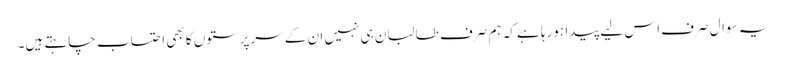
یہ سوال صرف اس لیے پیدا ہورہا ہے کہ ہم صرف طالبان ہی نہیں ان کے سرپرستوں کا بھی احتساب چاہتے ہیں۔